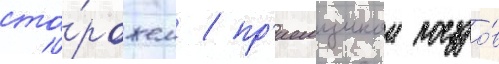
сто́рожем / пр'иемщиком поездо́в